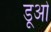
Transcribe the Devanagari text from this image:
डूओ